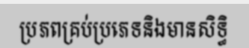
ប្រភពគ្រប់ប្រភេទនិងមានសិទ្ធិ